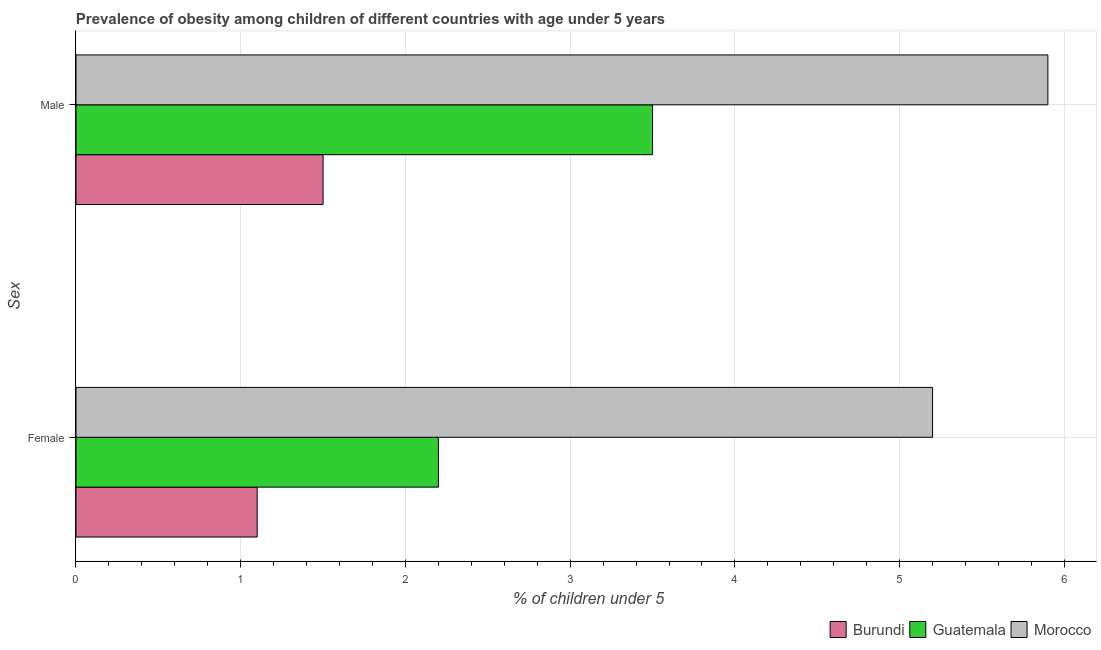
| Sex | Burundi | Guatemala | Morocco |
 | --- | --- | --- | --- |
 | Female | 1.1 | 2.2 | 5.2 |
 | Male | 1.5 | 3.5 | 5.9 |